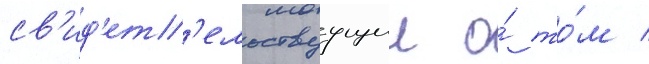
св'ид'ет'ельствуущии о́ то́м /